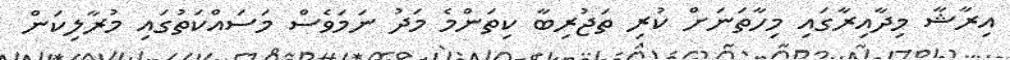
އިރާޝާ މިދާއިރާގައި މިހާތަނަށް ކުރި ތަޖުރިބާ ކިތަންމެ މަދު ނަމަވެސް މަސައްކަތުގައި މުރާލިކަން